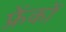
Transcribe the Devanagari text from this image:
फ्रेंकों